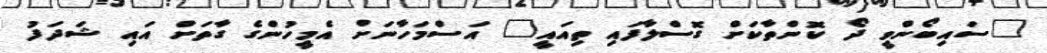
"ސައިބޯންވީ ދޯ ކޮންތާކަށް ގޮސްލާފައި ތިއައީ" އަސްމަހާނަށް އެމީހުންގެ ގާތަށް އައި ޝަދަފު